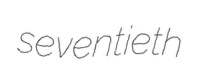
seventieth